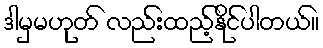
ဒါမှမဟုတ် လည်းထည့်နိုင်ပါတယ်။